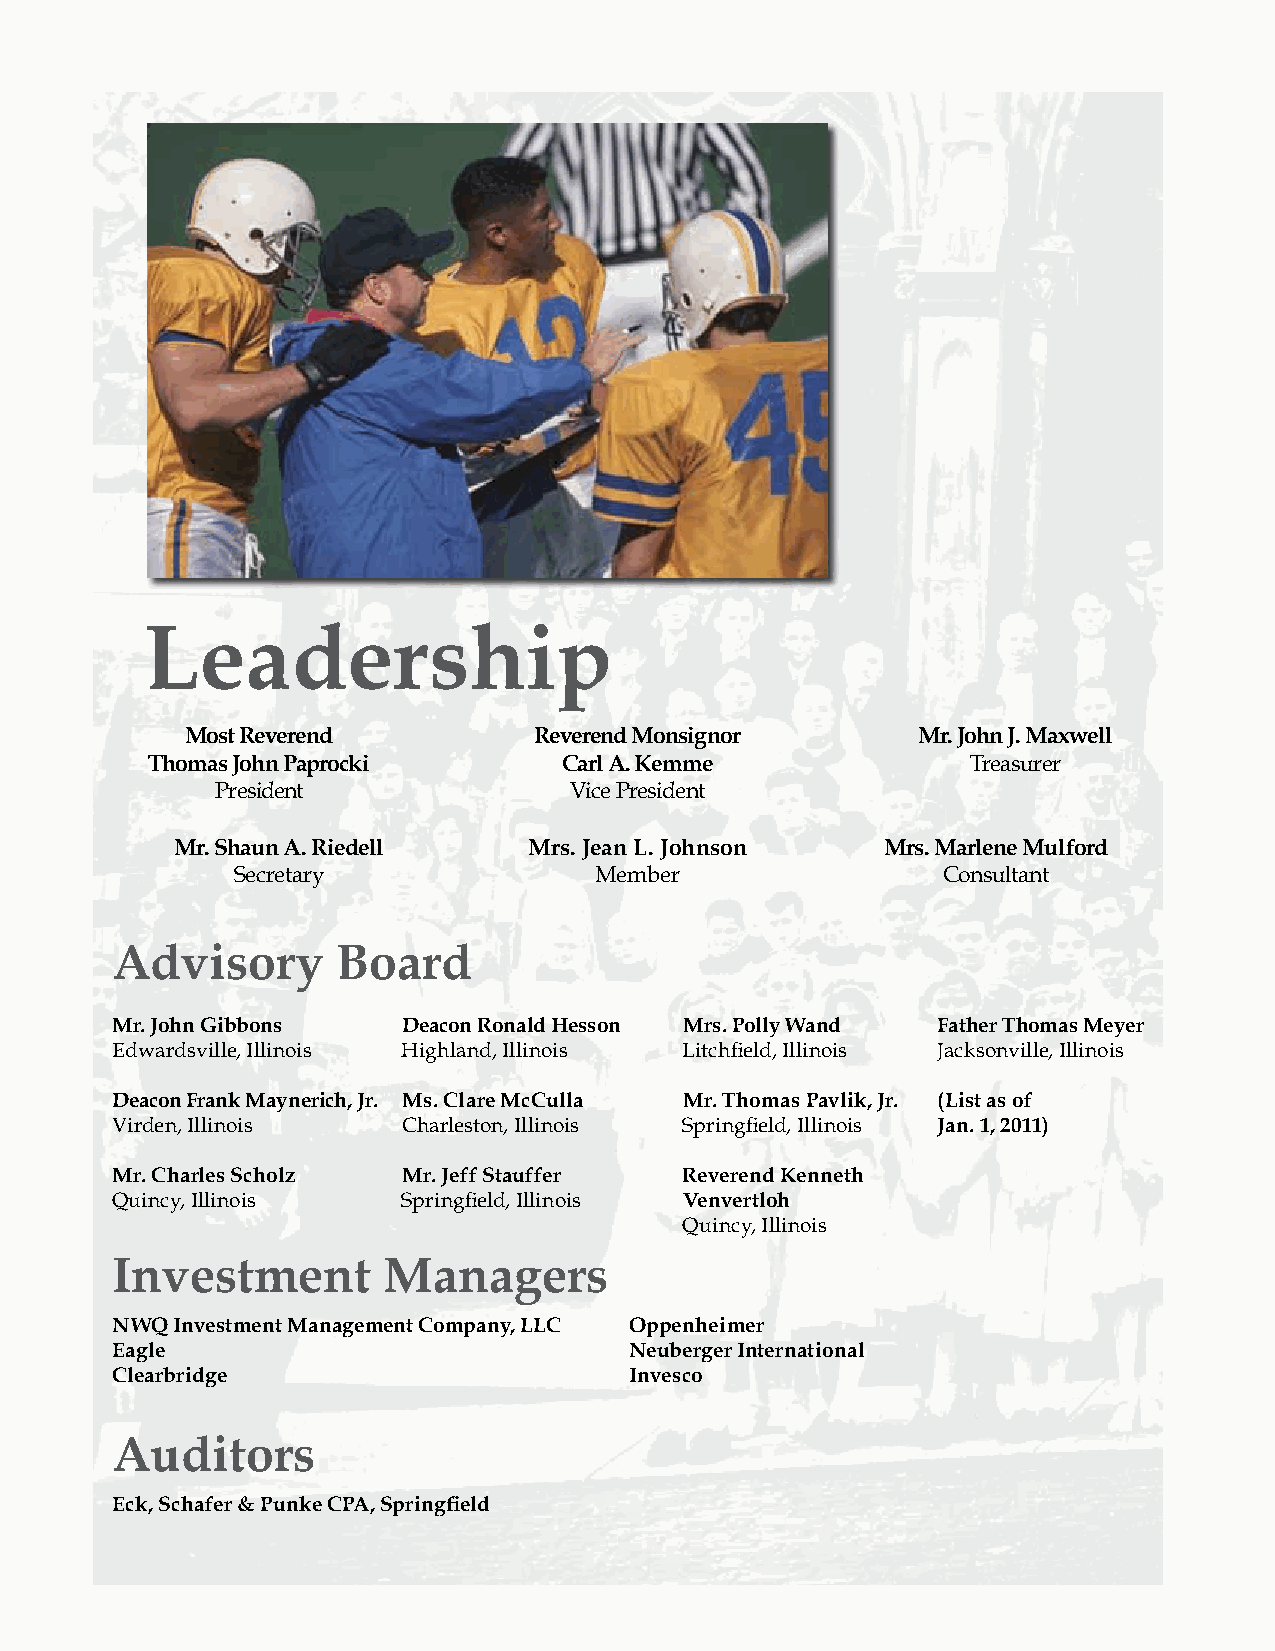
Leadership
 Most Reverend          Reverend Monsignor        Mr. John J. Maxwell
 Thomas John Paprocki       Carl A. Kemme              Treasurer
 President               Vice President
 Mr. Shaun A. Riedell   Mrs. Jean L. Johnson    Mrs. Marlene Mulford
 Secretary               Member                 Consultant
 Advisory       Board
 Mr. John Gibbons    Deacon Ronald Hesson Mrs. Polly Wand Father Thomas Meyer
 Edwardsville, Illinois Highland, Illinois Litchfield, Illinois Jacksonville, Illinois
 Deacon Frank Maynerich, Jr. Ms. Clare McCulla Mr. Thomas Pavlik, Jr. (List as of
 Virden, Illinois    Charleston, Illinois Springfield, Illinois Jan. 1, 2011)
 Mr. Charles Scholz  Mr. Jeff Stauffer Reverend Kenneth
 Quincy, Illinois    Springfield, Illinois Venvertloh
 Quincy, Illinois
 Investment        Managers
 NWQ  Investment Management Company, LLC Oppenheimer
 Eagle                              Neuberger International
 Clearbridge                        Invesco
 Auditors
 Eck, Schafer & Punke CPA, Springfield